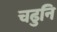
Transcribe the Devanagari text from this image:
चढुनि